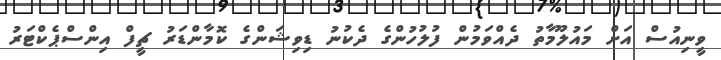
ވީނިއުސް އަށް މައުލޫމާތު ދެއްވަމުން ފުލުހުންގެ ދެކުނު ޑިވިޝަންގެ ކޮމާންޑަރު ޗީފް އިންސްޕެކްޓަރު